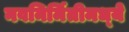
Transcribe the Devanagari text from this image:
नवनिर्मितीमध्‍ये